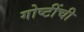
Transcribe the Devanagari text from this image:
गोष्‍टींची